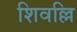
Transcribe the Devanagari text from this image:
शिवल्लि